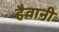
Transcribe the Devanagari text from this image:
हैवानी